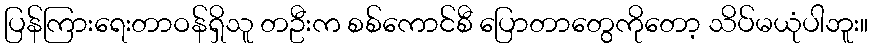
ပြန်ကြားရေးတာဝန်ရှိသူ တဦးက စစ်ကောင်စီ ပြောတာတွေကိုတော့ သိပ်မယုံပါဘူး။